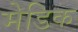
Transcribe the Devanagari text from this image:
मेडिक